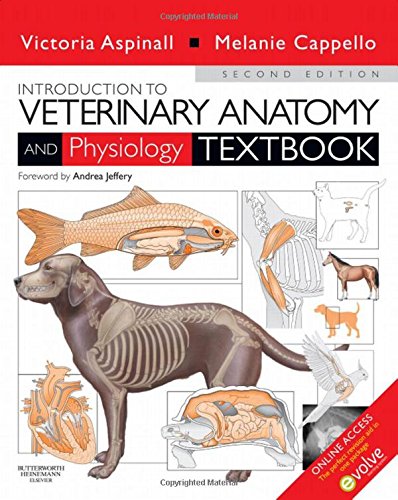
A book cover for Introduction to Veterinary Anatomy and Physiology Textbook, 2e; Victoria Aspinall BVSc  MRCVS; Medical Books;